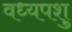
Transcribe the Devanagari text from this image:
वध्यपशु